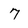
Character: 7